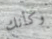
وكأنك